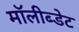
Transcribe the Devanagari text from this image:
मॉलीब्डेट